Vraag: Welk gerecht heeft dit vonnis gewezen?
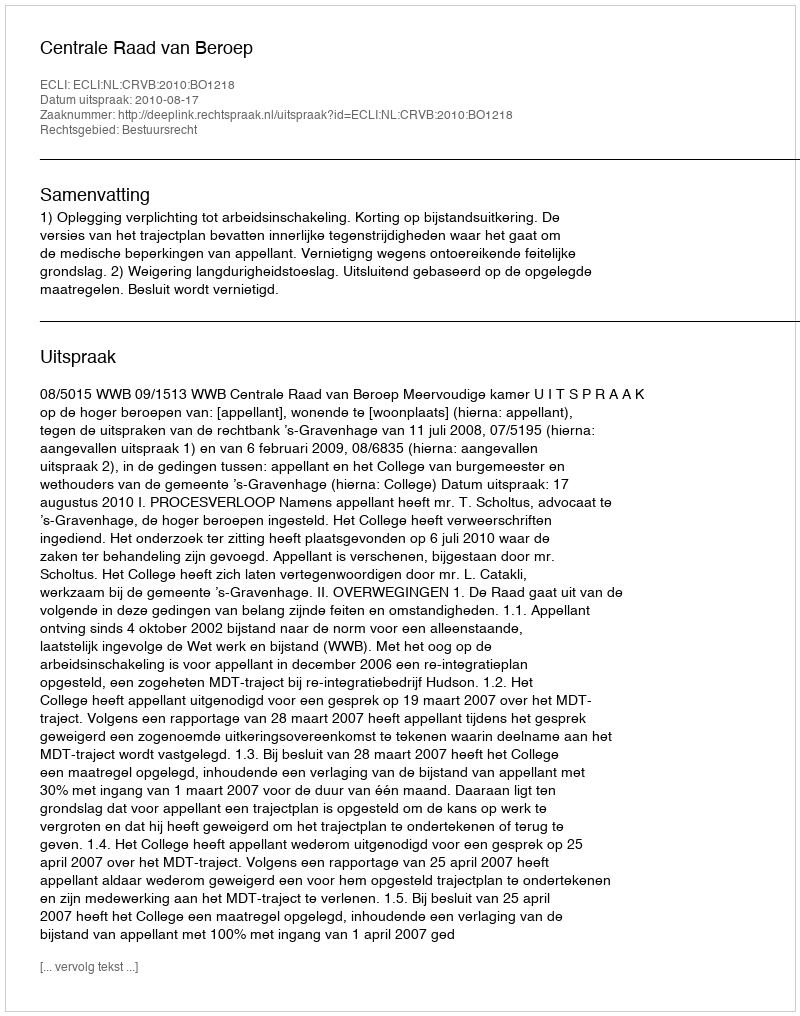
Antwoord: Centrale Raad van Beroep